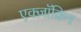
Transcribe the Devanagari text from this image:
एक्ज़ॉक्रिन